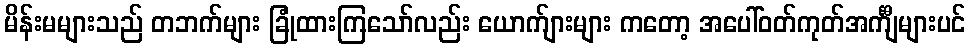
မိန်းမများသည် တဘက်များ ခြုံထားကြသော်လည်း ယောက်ျားများ ကတော့ အပေါ်ဝတ်ကုတ်အင်္ကျီများပင်